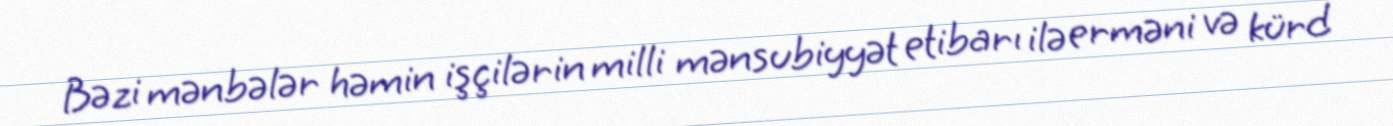
Bəzi mənbələr həmin işçilərin milli mənsubiyyət etibarı ilə erməni və kürd